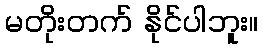
မတိုးတက် နိုင်ပါဘူး။